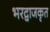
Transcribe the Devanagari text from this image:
भरद्वाजकृत